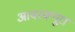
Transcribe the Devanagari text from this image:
आबस्क्यूरा